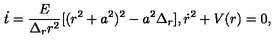
\dot { t } = \frac { E } { \Delta _ { r } r ^ { 2 } } [ ( r ^ { 2 } + a ^ { 2 } ) ^ { 2 } - a ^ { 2 } \Delta _ { r } ] , \dot { r } ^ { 2 } + V ( r ) = 0 ,